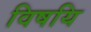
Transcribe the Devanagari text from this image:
विषयि